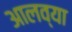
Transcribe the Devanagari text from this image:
आलव्या